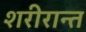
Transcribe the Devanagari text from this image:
शरीरान्त